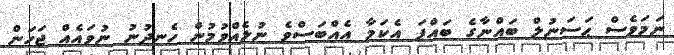
ނަމަވެސް ޙަސަނުލް ބައްނާގެ ބައްޕަ އެކަމާ އެއްބަސްވެ ނުލެއްވުމުން ހެނދުނު ނުވައެއް ޖަހަން